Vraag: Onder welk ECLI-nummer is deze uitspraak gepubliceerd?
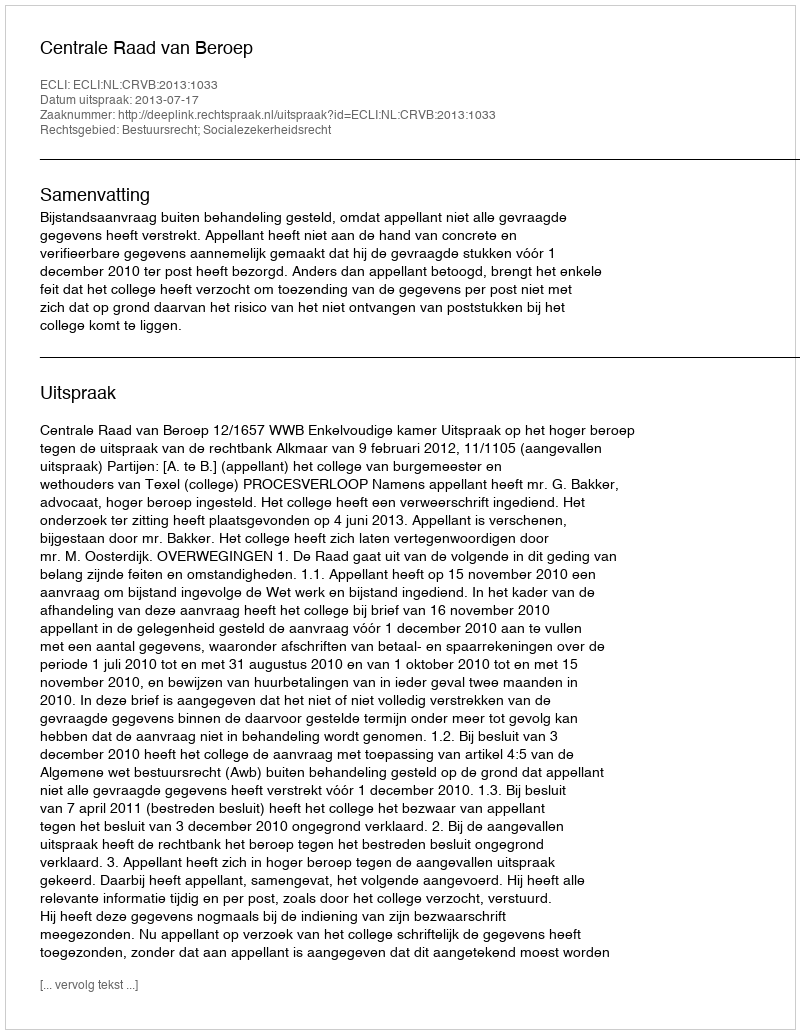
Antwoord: ECLI:NL:CRVB:2013:1033